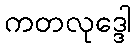
ကတလုဒ္ဒေါ